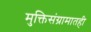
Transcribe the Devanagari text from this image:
मुक्तिसंग्रामातही